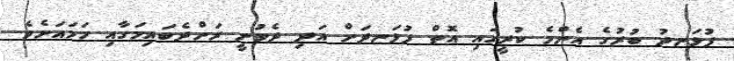
ފުޅަނދު ބުރުގެ އެންމެ ކުރީގައި އޮތް ފުޅަނދަށް އަދި ދެވުނީ ރަށްދެބައިމަގާއި ހަމައަށެވެ.